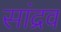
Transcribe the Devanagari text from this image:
सांद्रव